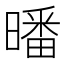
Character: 𣊩